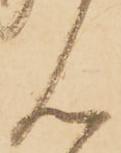
ん